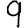
Digit: 9